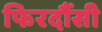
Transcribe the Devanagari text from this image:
फिरदौंसी